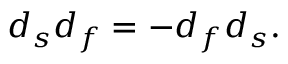
d _ { s } d _ { f } = - d _ { f } d _ { s } .